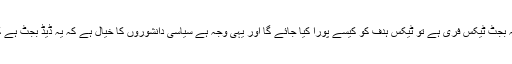
ٹیکس ہدف 4963 ارب رکھا گیاجس پہ کئی خدشات موجود ہیں کہ اگر یہ بجٹ ٹیکس فری ہے تو ٹیکس ہدف کو کیسے پورا کیا جائے گا اور یہی وجہ ہے سیاسی دانشوروں کا خیال ہے کہ یہ ڈیڈ بجٹ ہے کیوں کہ جب ہدف ہی پورا نہیں ہو سکتا تو بجٹ آگے کیسے بڑھ سکتا ہے۔